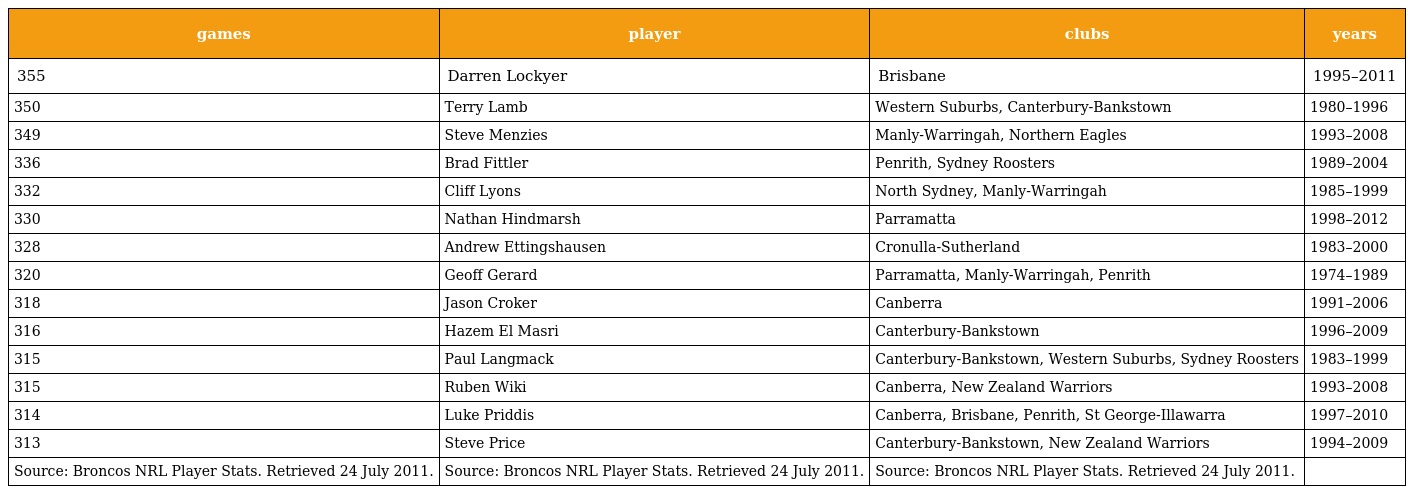
| games | player | clubs | years |
 | --- | --- | --- | --- |
 | 355 | Darren Lockyer | Brisbane | 1995–2011 |
 | 350 | Terry Lamb | Western Suburbs, Canterbury-Bankstown | 1980–1996 |
 | 349 | Steve Menzies | Manly-Warringah, Northern Eagles | 1993–2008 |
 | 336 | Brad Fittler | Penrith, Sydney Roosters | 1989–2004 |
 | 332 | Cliff Lyons | North Sydney, Manly-Warringah | 1985–1999 |
 | 330 | Nathan Hindmarsh | Parramatta | 1998–2012 |
 | 328 | Andrew Ettingshausen | Cronulla-Sutherland | 1983–2000 |
 | 320 | Geoff Gerard | Parramatta, Manly-Warringah, Penrith | 1974–1989 |
 | 318 | Jason Croker | Canberra | 1991–2006 |
 | 316 | Hazem El Masri | Canterbury-Bankstown | 1996–2009 |
 | 315 | Paul Langmack | Canterbury-Bankstown, Western Suburbs, Sydney Roosters | 1983–1999 |
 | 315 | Ruben Wiki | Canberra, New Zealand Warriors | 1993–2008 |
 | 314 | Luke Priddis | Canberra, Brisbane, Penrith, St George-Illawarra | 1997–2010 |
 | 313 | Steve Price | Canterbury-Bankstown, New Zealand Warriors | 1994–2009 |
 | Source: Broncos NRL Player Stats. Retrieved 24 July 2011. | Source: Broncos NRL Player Stats. Retrieved 24 July 2011. | Source: Broncos NRL Player Stats. Retrieved 24 July 2011. |  |